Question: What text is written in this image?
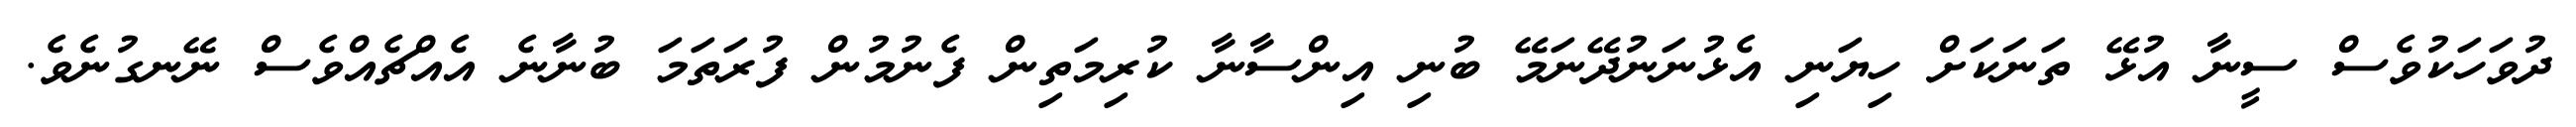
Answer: ދުވަހަކުވެސް ސީނާ އުޅޭ ތަނަކަށް ހިޔަނި އެޅުނަނުދޭނަމޭ ބުނި އިންސާނާ ކުރިމަތިން ފެނުމުން ފުރަތަމަ ބުނާނެ އެއްޗެއްވެސް ނޭނގުނެވެ.